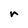
Character: r